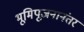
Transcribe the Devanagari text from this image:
भूमिपूजनानंतर